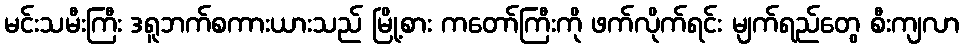
မင်းသမီးကြီး ဒရူဘက်စကားယားသည် မြို့စား ကတော်ကြီးကို ဖက်လိုက်ရင်း မျက်ရည်တွေ စီးကျလာ